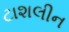
ટાશલીન